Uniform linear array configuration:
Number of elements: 16
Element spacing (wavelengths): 0.25
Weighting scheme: cosine
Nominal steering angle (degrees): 30
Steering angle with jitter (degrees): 31.204
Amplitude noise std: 0.05
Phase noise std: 0.05

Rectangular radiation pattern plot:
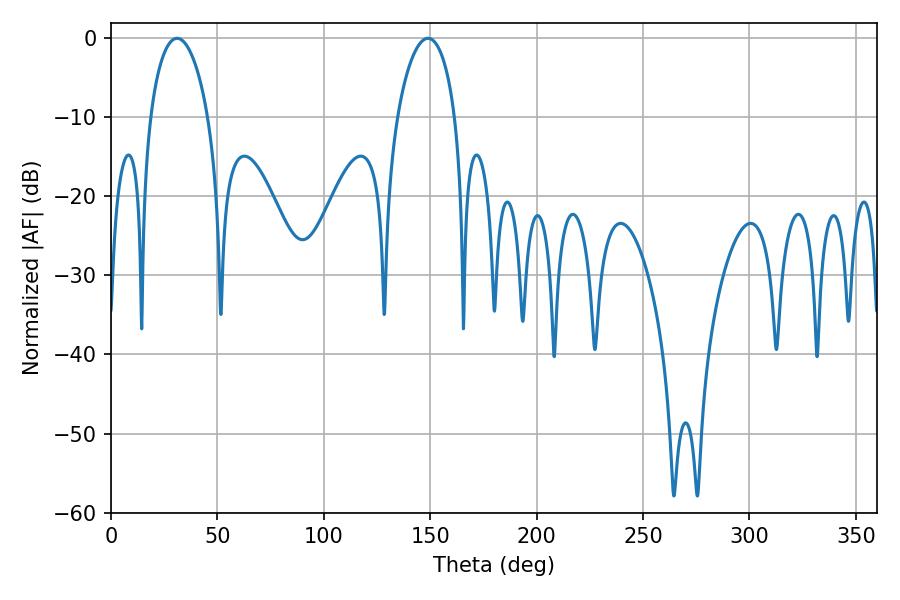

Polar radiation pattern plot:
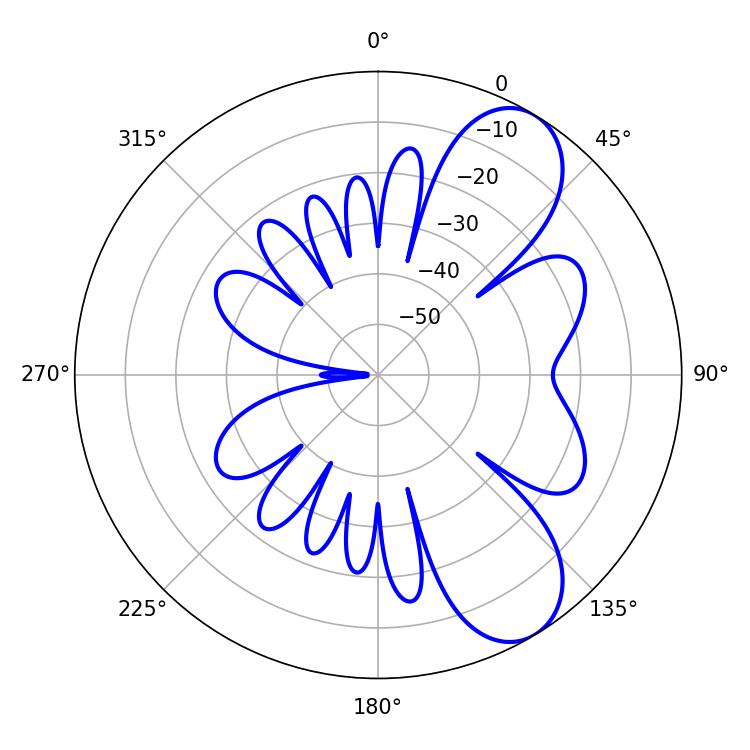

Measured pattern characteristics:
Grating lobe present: FALSE
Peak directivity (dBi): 8.117
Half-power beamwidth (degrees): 15.48
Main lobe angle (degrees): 30.96